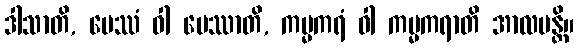
ဒါသာတိ, ပေဿံ ဝါ ပေဿာတိ, ကမ္မကရံ ဝါ ကမ္မကရာတိ အာလပန္တိ။